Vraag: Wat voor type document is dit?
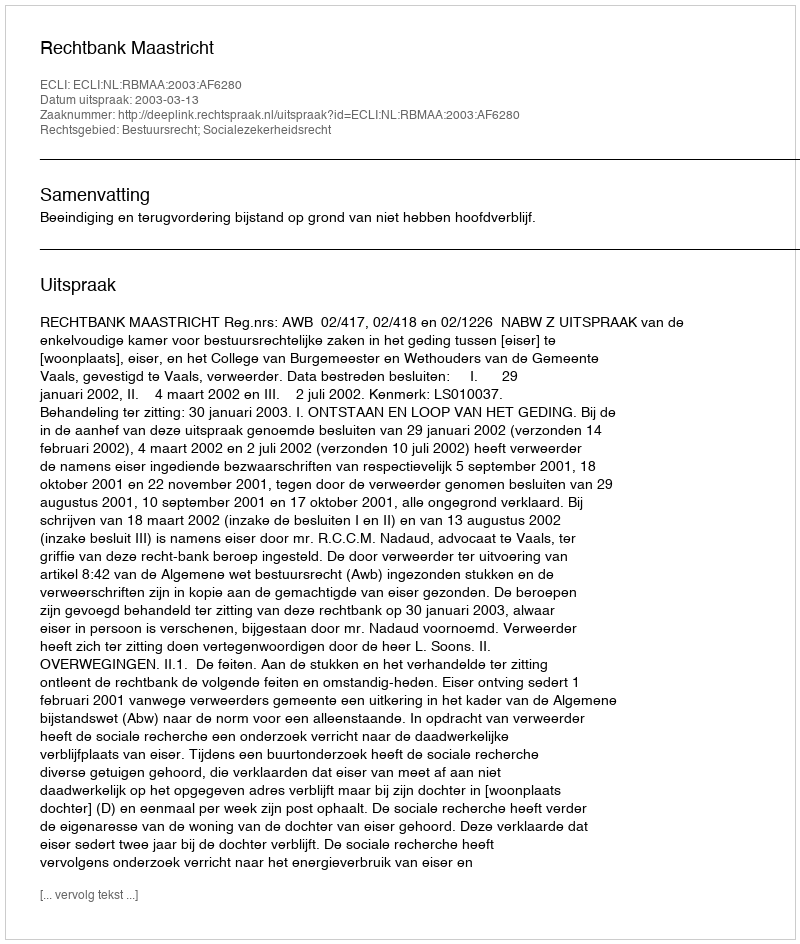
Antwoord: Uitspraak